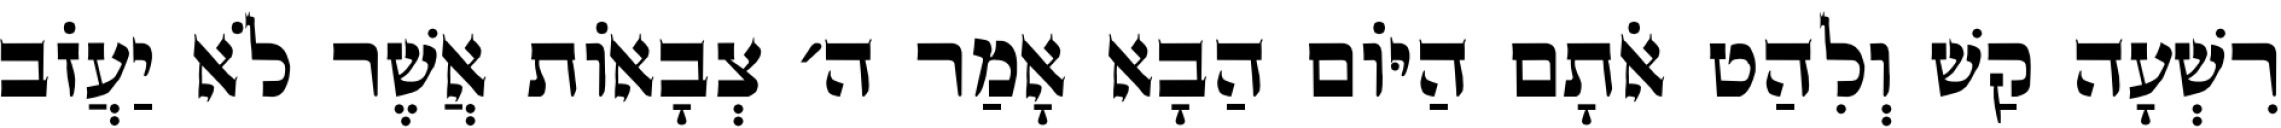
רִשְׁעָה קַשׁ וְלִהַט אֹתָם הַיּוֹם הַבָא אָמַר ה׳ צְבָאוֹת אֲשֶׁר לֹא יַעֲזֹב